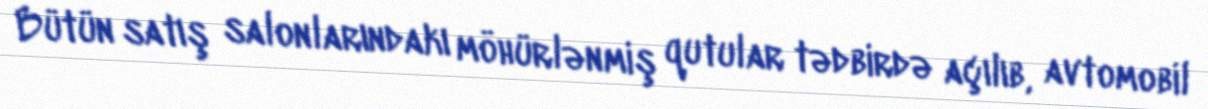
Bütün satış salonlarındakı möhürlənmiş qutular tədbirdə açılıb, avtomobil